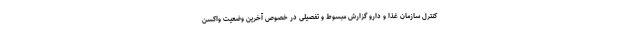
کنترل سازمان غذا و دارو گزارش مبسوط و تفصیلی در خصوص آخرین وضعیت واکسن